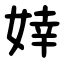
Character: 婞